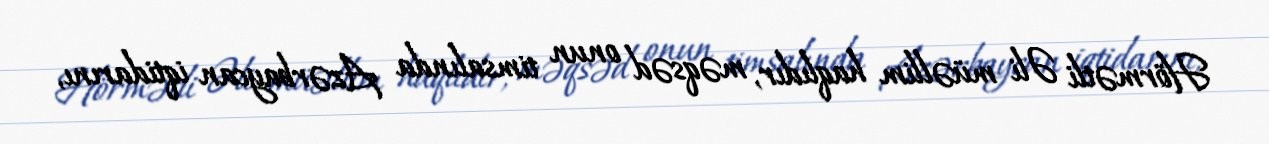
Hörmətli Əli müəllim haqlıdır, məqsəd onun timsalında Azərbaycan iqtidarını,